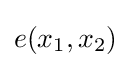
e(x_{1},x_{2})